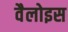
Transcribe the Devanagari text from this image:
वैलोइस